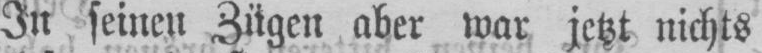
aber war jetzt nichts